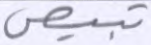
تبيض